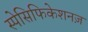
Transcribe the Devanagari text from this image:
स्पेसिफिकेशनज़